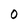
Character: 0